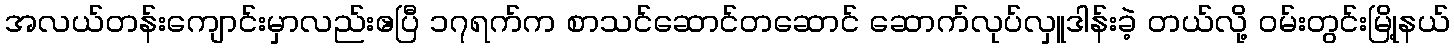
အလယ်တန်းကျောင်းမှာလည်းဧပြီ ၁၇ရက်က စာသင်ဆောင်တဆောင် ဆောက်လုပ်လှူဒါန်းခဲ့ တယ်လို့ ဝမ်းတွင်းမြို့နယ်